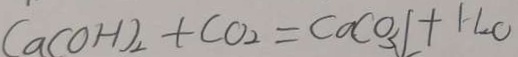
C a ( o H ) _ { 2 } + C O _ { 2 } = C a C O _ { 3 } \downarrow + H _ { 2 } O